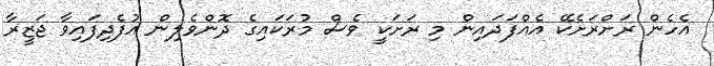
އެހެން ރަށްރަށެކޭ އެއްފަދައިން މި ރަށަކީ ވެސް މުރަކައިގެ ދޮންވެލިން އުފެދިފައިވާ ޖަޒީރާ